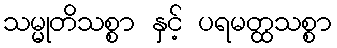
သမ္မုတိသစ္စာ နှင့် ပရမတ္ထသစ္စာ